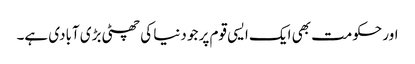
اور حکومت بھی ایک ایسی قوم پر جو دنیا کی چھٹی بڑی آبادی ہے۔